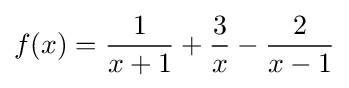
f(x)={\frac {1}{x+1}}+{\frac {3}{x}}-{\frac {2}{x-1}}